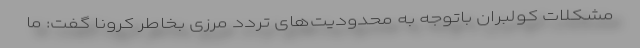
مشکلات کولبران باتوجه به محدودیت‌های تردد مرزی بخاطر کرونا گفت: ما